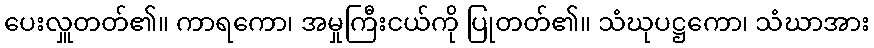
ပေးလှူတတ်၏။ ကာရကော၊ အမှုကြီးငယ်ကို ပြုတတ်၏။ သံဃုပဋ္ဌကော၊ သံဃာအား